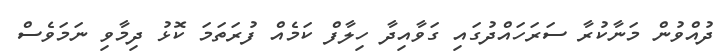
ދުއްވުން މަނާކުރާ ސަރަހައްދުގައި ގަވާއިދާ ހިލާފް ކަމެއް ފުރަތަމަ ކޮޅު ދިމާވި ނަމަވެސް